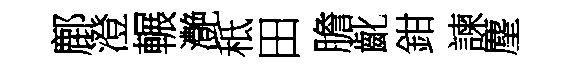
鄜澄輾灔秪田膽齔鉗諫麈